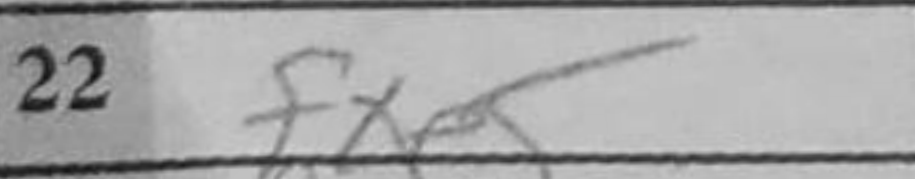
Transcription: fxe5